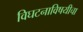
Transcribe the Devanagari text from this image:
विघटनाविषयीचा